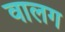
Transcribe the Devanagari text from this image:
वालग